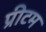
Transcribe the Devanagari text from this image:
प्रीटम